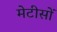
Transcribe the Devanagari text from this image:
मेटीसों